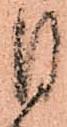
目